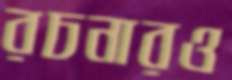
রচনারও